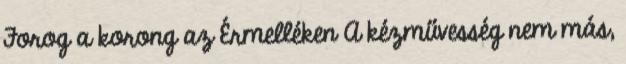
Forog a korong az Érmelléken A kézművesség nem más,